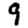
Digit: 9